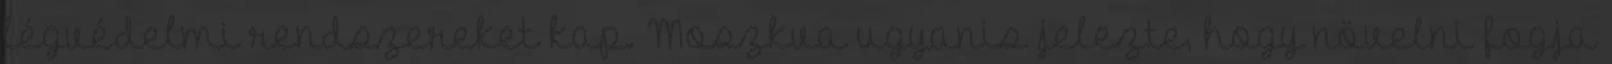
légvédelmi rendszereket kap. Moszkva ugyanis jelezte, hogy növelni fogja